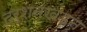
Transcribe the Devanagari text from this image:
दर्शनखंडन